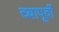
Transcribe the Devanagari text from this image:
च्यापूर्वी